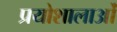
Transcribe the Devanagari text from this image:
प्रयोशालाओं